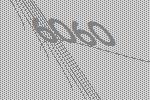
6060